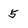
Character: 5